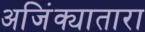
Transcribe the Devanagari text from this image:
अजिंक्यातारा